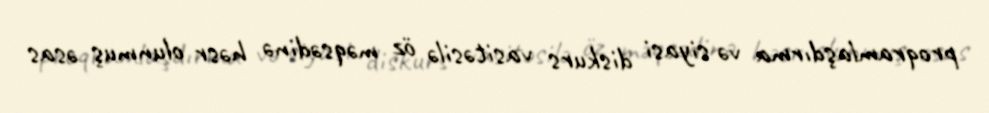
proqramlaşdırma və siyasi diskurs vasitəsilə öz məqsədinə həsr olunmuş əsas